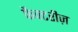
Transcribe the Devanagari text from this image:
फैक्टरीज़